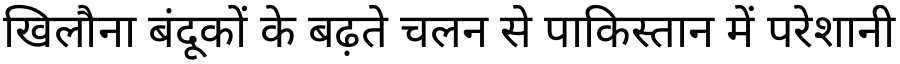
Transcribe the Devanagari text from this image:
खिलौना बंदूकों के बढ़ते चलन से पाकिस्तान में परेशानी